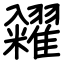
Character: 糴